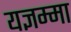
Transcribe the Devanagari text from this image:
यज्ञम्मा